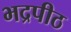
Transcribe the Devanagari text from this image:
भद्रपीठ